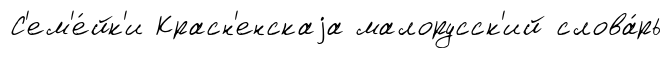
С'ем'е́йк'и Красн'енскаjа малорусск'ий слова́рь